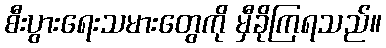
စီးပွားရေးသမားတွေကို မှီခိုကြရသည်။